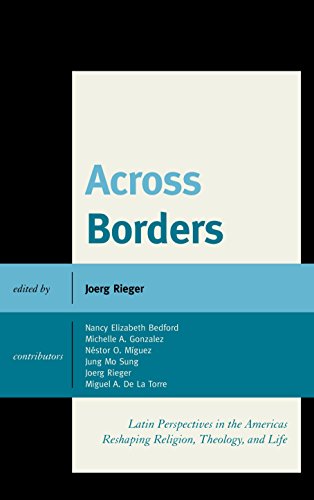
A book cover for Across Borders: Latin Perspectives in the Americas Reshaping Religion, Theology, and Life; Christian Books & Bibles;